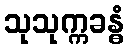
သုသုက္ကခန္ဓံ